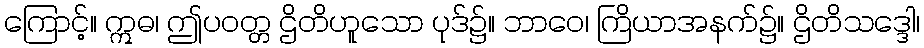
ကြောင့်။ ဣဓ၊ ဤပဝတ္တ ဌိတိဟူသော ပုဒ်၌။ ဘာဝေ၊ ကြိယာအနက်၌။ ဌိတိသဒ္ဒေါ၊